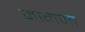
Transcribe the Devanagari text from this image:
मागणा